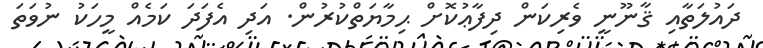
ދައުލަތާއި ޤާނޫނީ ވެރިކަން ދިފާޢުކޮށް ޙިމާޔަތްކުރުން. އަދި އެފަދަ ކަމެއް މީހަކު ނުވަތަ